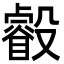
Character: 㲊